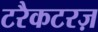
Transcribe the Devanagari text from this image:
टरैकटरज़